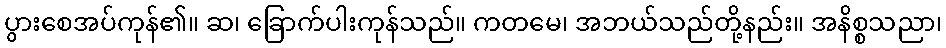
ပွားစေအပ်ကုန်၏။ ဆ၊ ခြောက်ပါးကုန်သည်။ ကတမေ၊ အဘယ်သည်တို့နည်း။ အနိစ္စသညာ၊